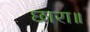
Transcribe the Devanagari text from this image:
छारा॥